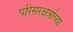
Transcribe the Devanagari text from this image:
परिसरक्षेत्रांच्या